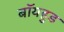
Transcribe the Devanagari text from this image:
बॉयहुड